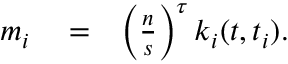
\begin{array} { r l r } { m _ { i } } & { { } = } & { \left( \frac { n } { s } \right) ^ { \tau } k _ { i } ( t , t _ { i } ) . } \end{array}